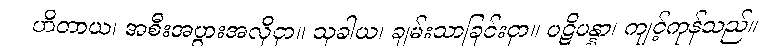
ဟိတာယ၊ အစီးအပွားအလိုငှာ။ သုခါယ၊ ချမ်းသာခြင်းငှာ။ ပဋိပန္နာ၊ ကျင့်ကုန်သည်။